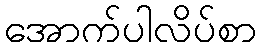
အောက်ပါလိပ်စာ